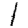
Digit: 1